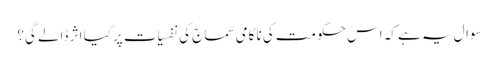
سوال یہ ہے کہ اس حکومت کی ناکامی سماج کی نفسیات پر کیا اثر ڈالے گی؟